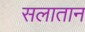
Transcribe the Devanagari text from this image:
सलातान